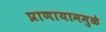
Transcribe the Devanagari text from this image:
प्राणायाममुळे